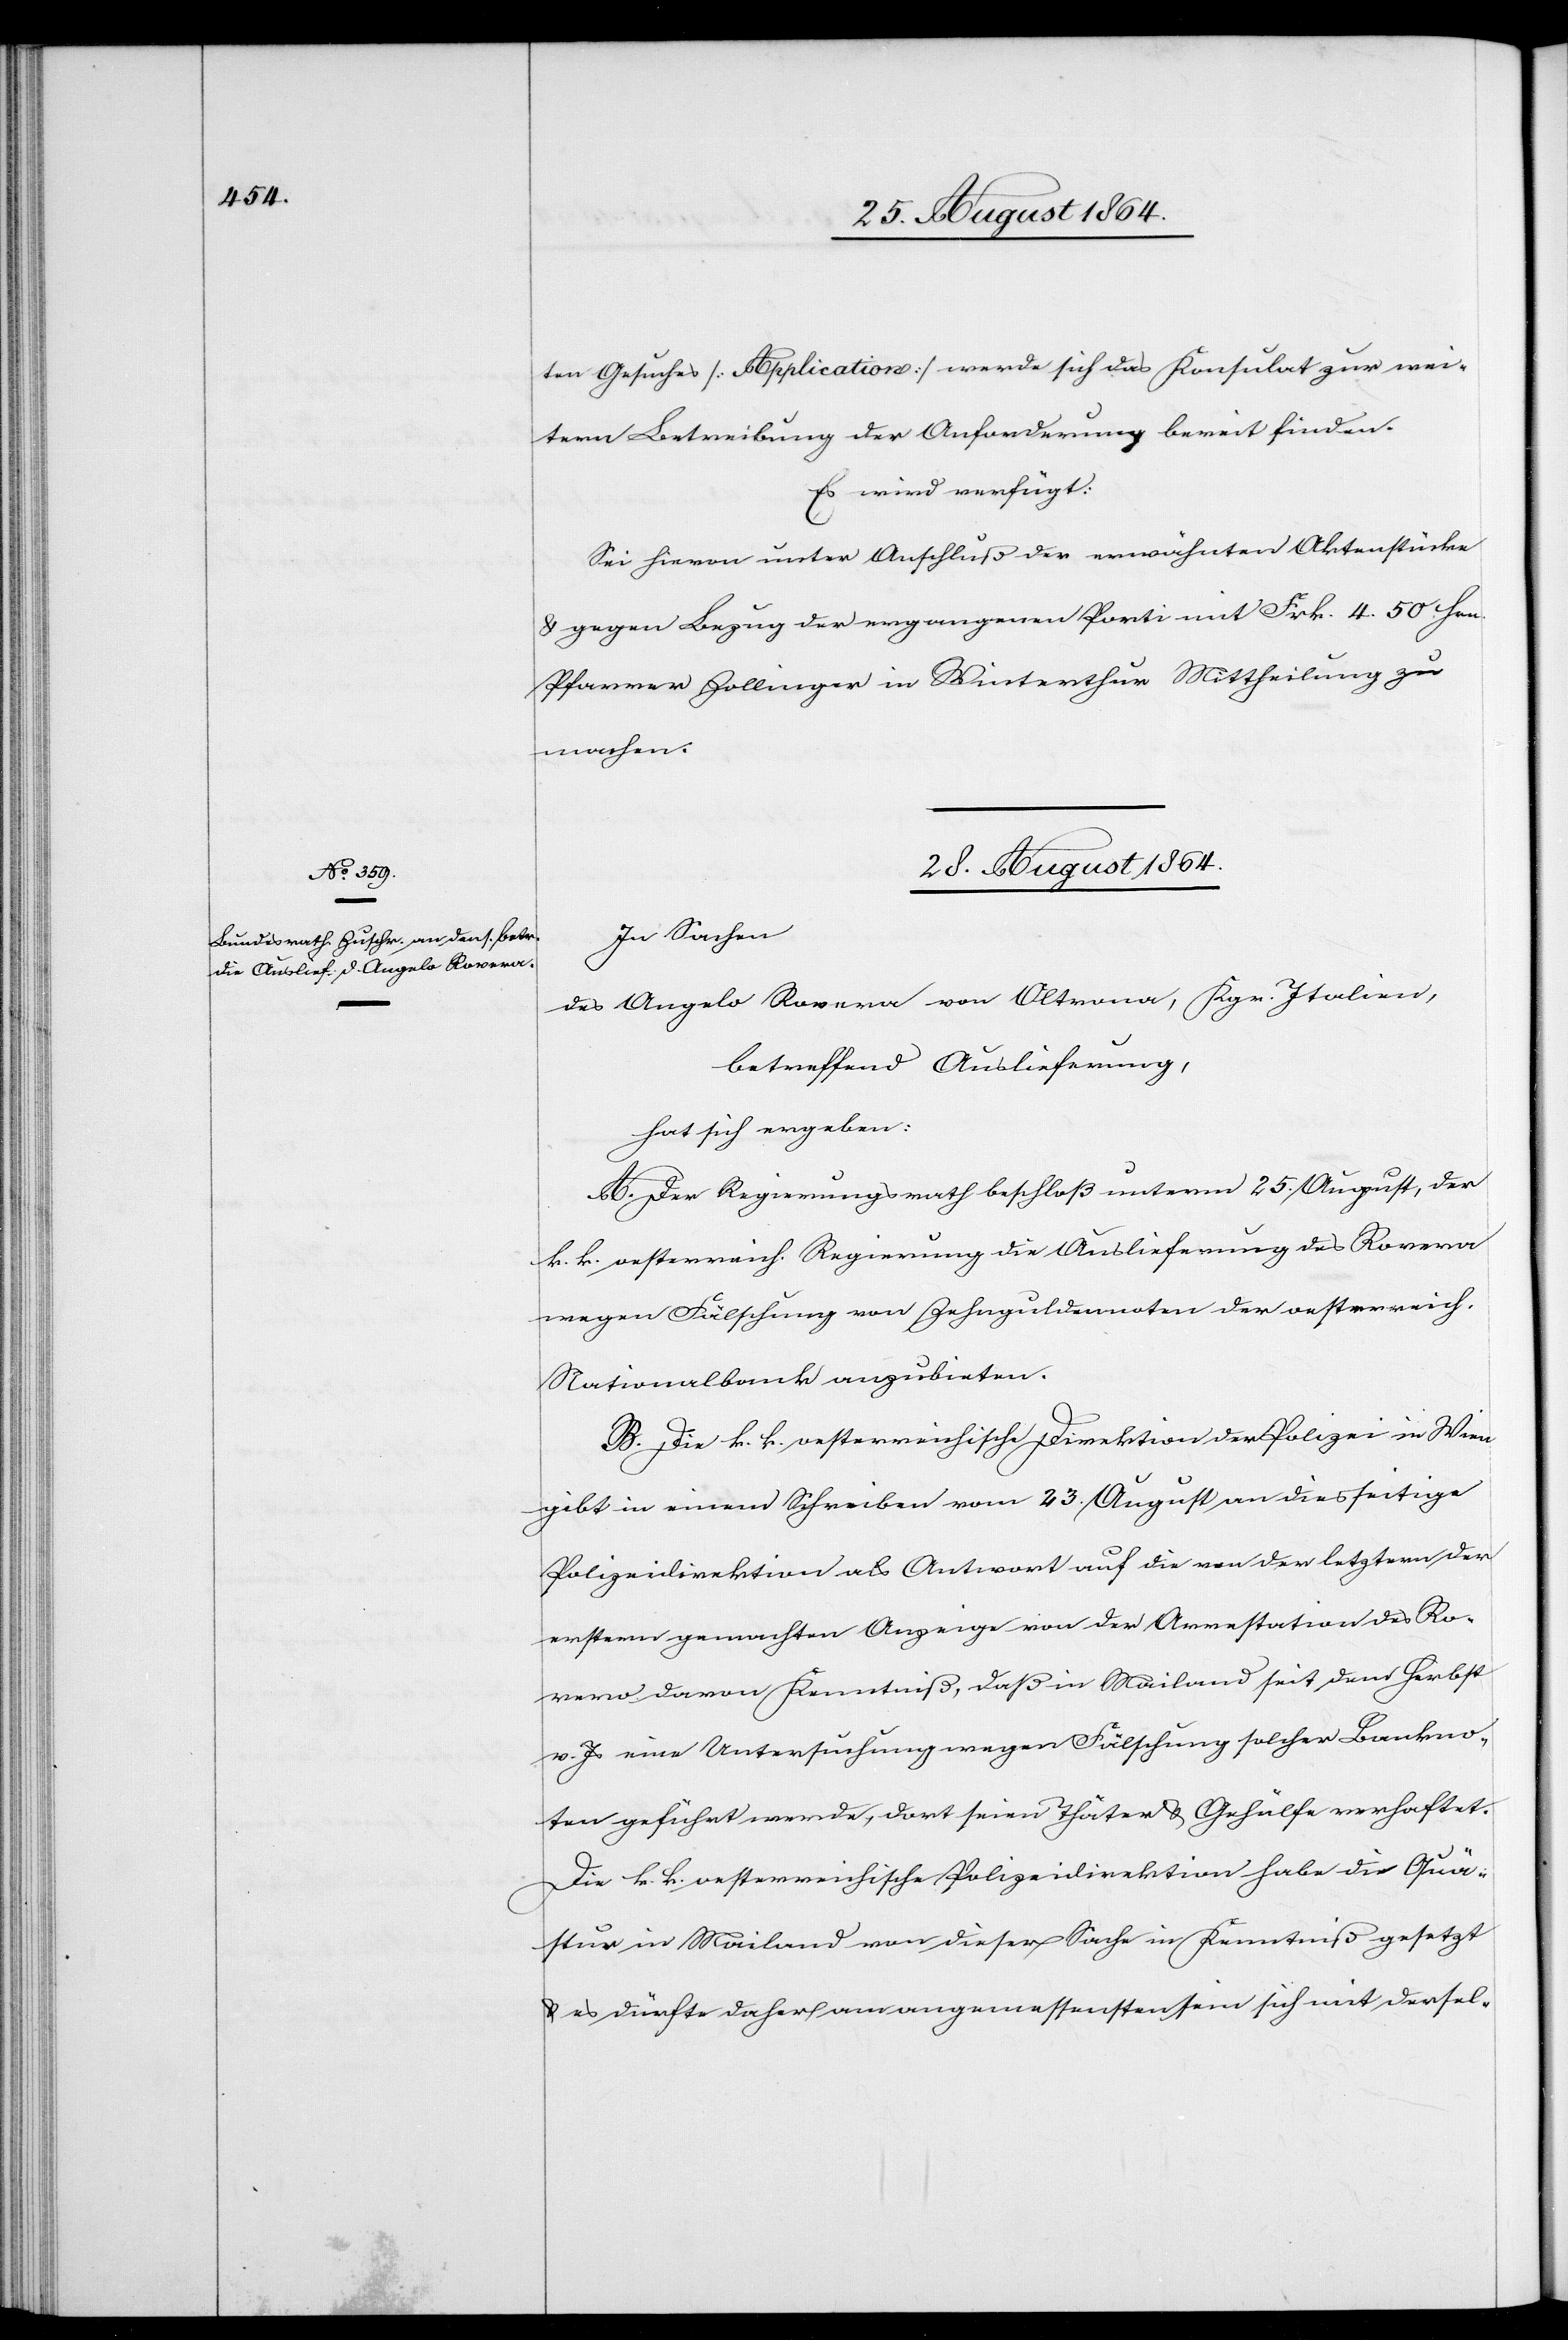
ten Gesuches [Application] werde sich das Konsulat zur wei¬
teren Betreibung der Anforderung bereit finden.
Es wird verfügt:
Sei hievon unter Anschluß der erwähnten Aktenstücke
& gegen Bezug der ergangenen Porti mit Frk. 4.50 Hrn.
Pfarrer Zollinger in Winterthur Mittheilung zu
machen.
28. August 1864.
In Sachen
des Angelo Rovera von Oltrona, Krg. Italien,
betreffend Auslieferung,
hat sich ergeben:
A. Der Regierungsrath beschloß unterm 25. August, der
k. k. oesterreich. Regierung die Auslieferung des Rovera
wegen Fälschung von Zehnguldennoten der oesterreich.
Nationalbank anzubieten.
B. Die k. k. oesterreichische Direktion der Polizei in Wien
gibt in einem Schreiben vom 23. August an diesseitige
Polizeidirektion als Antwort auf die von der letztern der
erstern gemachten Anzeige von der Arrestation des Ro¬
vero [sic!] davon Kenntniß, daß in Mailand seit dem Herbst
v. Js eine Untersuchung wegen Fälschung solcher Bankno¬
ten geführt werde, dort seien Thäter & Gehülfe verhaftet.
Die k. k. oesterreichische Polizeidirektion habe die Quä¬
stur in Mailand von dieser Sache in Kenntniß gesetzt
& es dürfte daher am angemessensten sein[,] sich mit dersel-